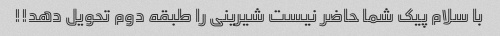
با سلام پیک شما حاضر نیست شیرینی را طبقه دوم تحویل دهد!!